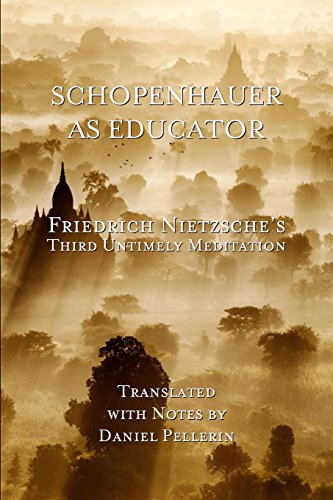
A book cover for Schopenhauer as Educator: Nietzsche's Third Untimely Meditation; Friedrich Nietzsche; Biographies & Memoirs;